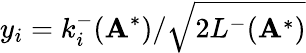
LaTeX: y_{i}=k_{i}^{-}(\mathbf{A}^{*})/\sqrt{2L^{-}(\mathbf{A}^{*})}